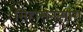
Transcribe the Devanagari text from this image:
सिहासनत्याग